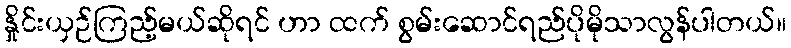
နှိုင်းယှဉ်ကြည့်မယ်ဆိုရင် ဟာ ထက် စွမ်းဆောင်ရည်ပိုမိုသာလွန်ပါတယ်။